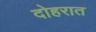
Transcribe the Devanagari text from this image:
दोहरात